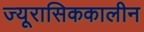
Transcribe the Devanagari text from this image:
ज्यूरासिककालीन